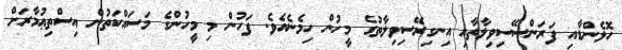
ހޮލެންޑާއި ފަރަންސޭސިވިލާތާއި އިނގިރޭސިވިލާތުގެ މީހުން ހިމެނެއެވެ. ފަހުން މި މީހުންގެ މަސައްކަތުން އިސްތިޢުމާރަށް